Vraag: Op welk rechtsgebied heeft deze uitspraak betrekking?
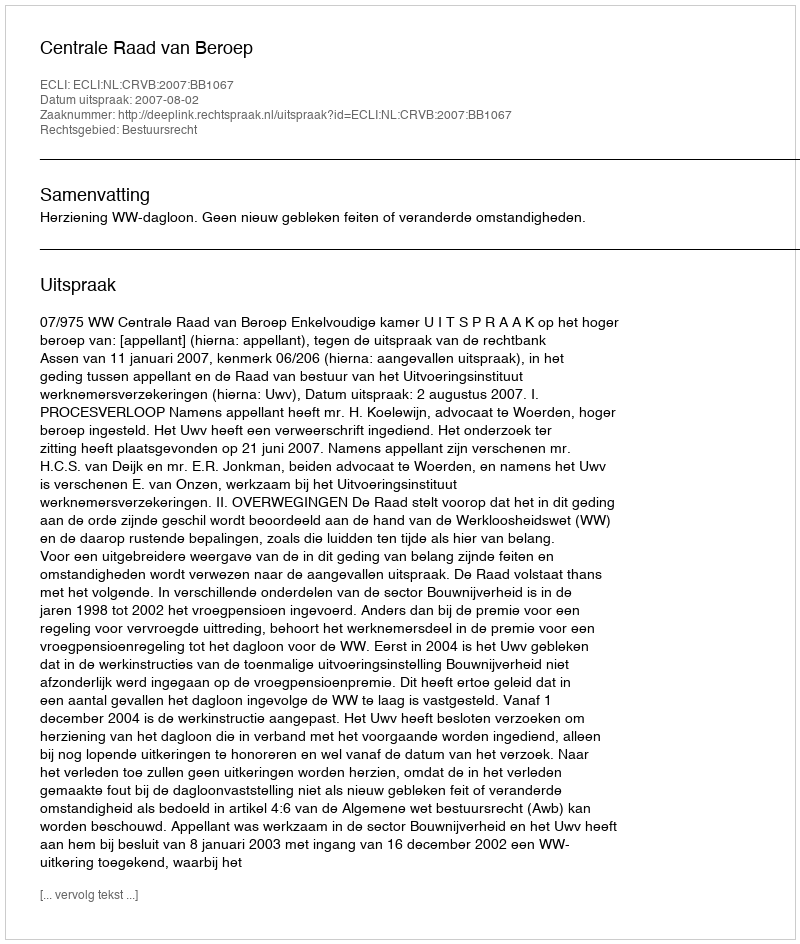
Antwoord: Bestuursrecht